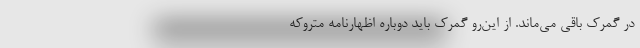
در گمرک باقی می‌ماند. از این‌رو گمرک باید دوباره اظهارنامه متروکه